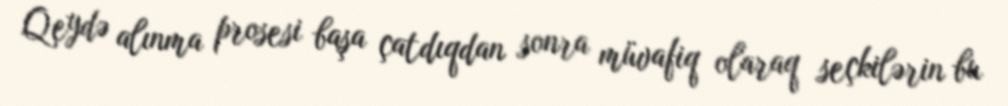
Qeydə alınma prosesi başa çatdıqdan sonra müvafiq olaraq seçkilərin bu